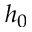
h _ { 0 }